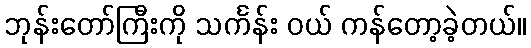
ဘုန်းတော်ကြီးကို သင်္ကန်း ဝယ် ကန်တော့ခဲ့တယ်။